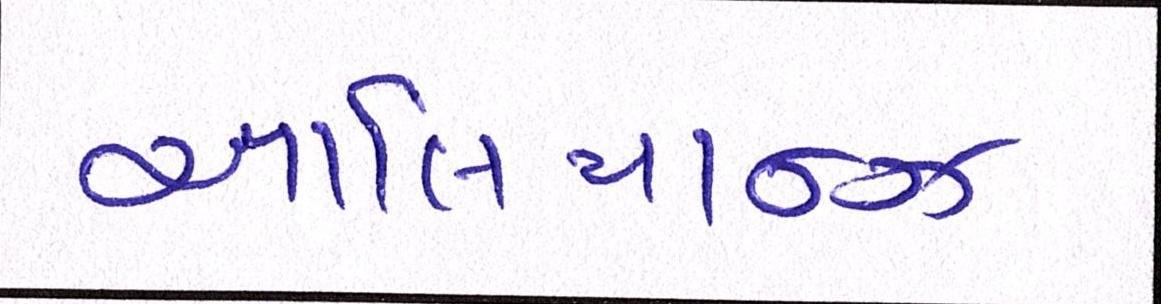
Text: આલિયાન્ઝ